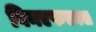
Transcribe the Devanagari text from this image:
विनएफएक्स